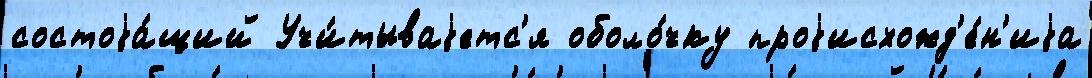
состоjа́щий Учи́тываjетс'я оболо́чку проjисхожд'е́н'иjа